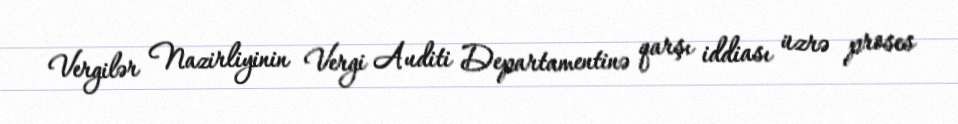
Vergilər Nazirliyinin Vergi Auditi Departamentinə qarşı iddiası üzrə proses